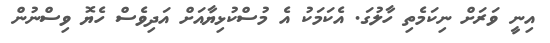
އިނީ ވަރަށް ނިކަމެތި ހާލުގަ. އެކަމަކު އެ މުސްކުޅިޔާއަށް އަދިވެސް ހެޔޮ ވިސްނުން